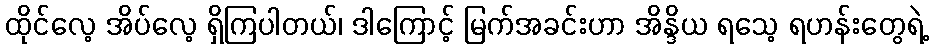
ထိုင်လေ့ အိပ်လေ့ ရှိကြပါတယ်၊ ဒါကြောင့် မြက်အခင်းဟာ အိန္ဒိယ ရသေ့ ရဟန်းတွေရဲ့